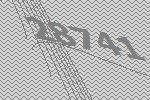
28741